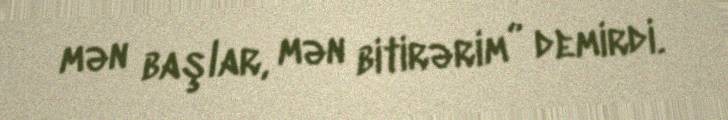
mən başlar, mən bitirərim” demirdi.